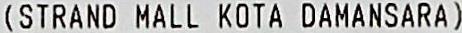
(STRAND MALL KOTA DAMANSARA)